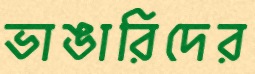
ভাঙারিদের